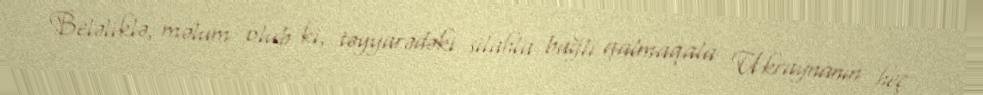
Beləliklə, məlum olub ki, təyyarədəki silahla bağlı qalmaqala Ukraynanın heç